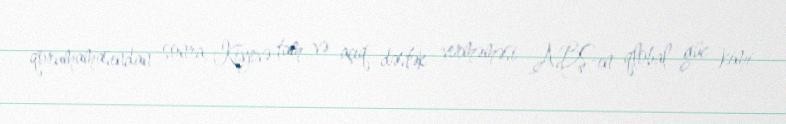
qorumamasından sonra, Kiyevə tam və açıq dəstək verməməsi ABŞ-ın qlobal güc kimi